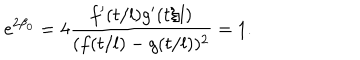
LaTeX: e ^ { 2 \beta _ { 0 } } = 4 \frac { f ^ { \prime } ( t / l ) g ^ { \prime } ( t / l ) } { ( f ( t / l ) - g ( t / l ) ) ^ { 2 } } = 1 .